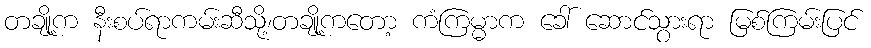
တချို့က နီးစပ်ရာကမ်းဆီသို့၊တချို့ကတော့ ကံကြမ္မာက ခေါ် ဆောင်သွားရာ မြစ်ကြမ်းပြင်